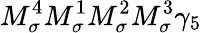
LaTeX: M_{\sigma}^{4}M_{\sigma}^{1}M_{\sigma}^{2}M_{\sigma}^{3}\gamma_{5}